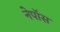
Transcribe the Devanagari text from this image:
नेपॉस